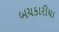
બચકારીયા